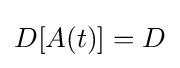
D[A(t)]=D